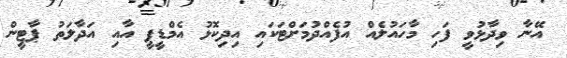
އޭނާ ވިދާޅުވީ ފަހި މާހައުލެއް އުފެއްދުމަށްޓަކައި އިދިކޮޅު އެމްޑީޕީ އާއި އަދާލަތު ޕާޓީން